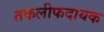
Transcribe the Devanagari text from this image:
तकलीफदायक